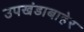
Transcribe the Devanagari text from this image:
उपखंडाबाहेर